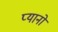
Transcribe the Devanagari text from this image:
प्यानो